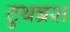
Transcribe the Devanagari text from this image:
टुथब्रश